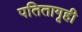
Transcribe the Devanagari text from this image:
पतितागृही